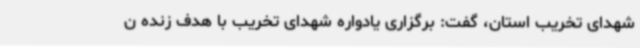
شهدای تخریب استان، گفت: برگزاری یادواره شهدای تخریب با هدف زنده ن